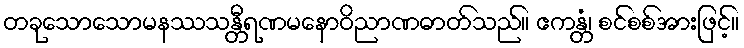
တခုသောသောမနဿသန္တီရဏမနောဝိညာဏဓာတ်သည်။ ဧကန္တံ၊ စင်စစ်အားဖြင့်။